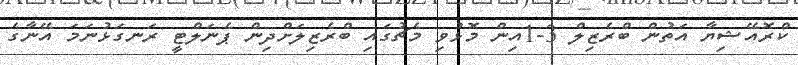
ކްރޮއޭޝިޔާ އަތުން ބްރެޒިލް 3-1އިން މޮޅުވި މެޗުގައި ބްރެޒިލަށްދިން ޕެނަލްޓީ ރަނގަޅުނަމަ އޭނާގެ